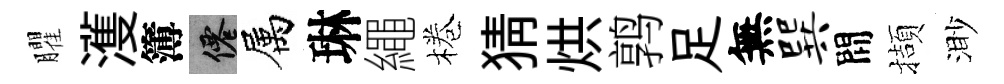
臞濩簿仙属琳繩棬猜烘鹑足無巽間擷渺